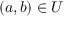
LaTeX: ( a , b ) \in U